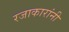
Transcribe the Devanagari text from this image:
रजाकारांनी